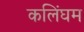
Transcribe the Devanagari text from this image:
कलिंघम